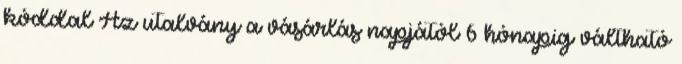
kóddal Az utalvány a vásárlás napjától 6 hónapig váltható